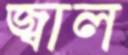
জ্বাল